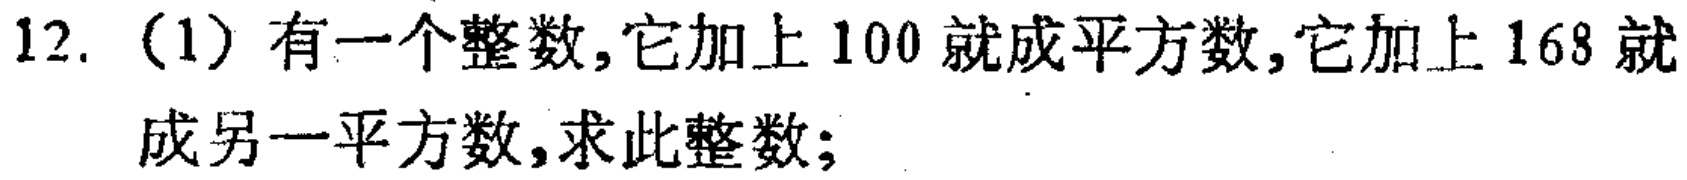
12. （1）有一个整数，它加上100就成平方数，它加上168就成另一平方数，求此整数；